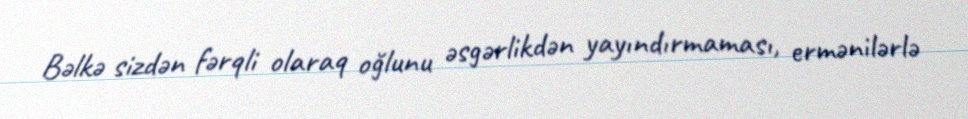
Bəlkə sizdən fərqli olaraq oğlunu əsgərlikdən yayındırmaması, ermənilərlə